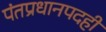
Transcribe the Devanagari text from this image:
पंतप्रधानपदही